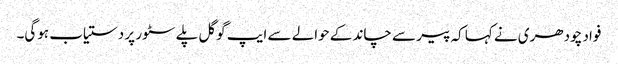
فواد چودھری نے کہا کہ پیر سے چاند کے حوالے سے ایپ گوگل پلے سٹور پر دستیاب ہوگی۔